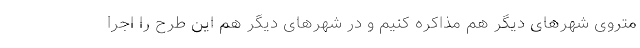
متروی شهرهای دیگر هم مذاکره کنیم و در شهرهای دیگر هم این طرح را اجرا